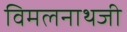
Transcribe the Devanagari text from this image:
विमलनाथजी